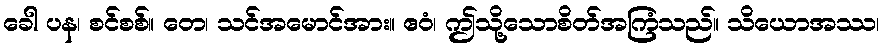
ခေါ ပန၊ စင်စစ်။ တေ၊ သင်အမောင်အား။ ဧဝံ၊ ဤသို့သောစိတ်အကြံသည်။ သိယောအဿ၊